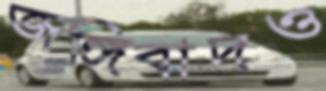
জঙ্গিবাদও